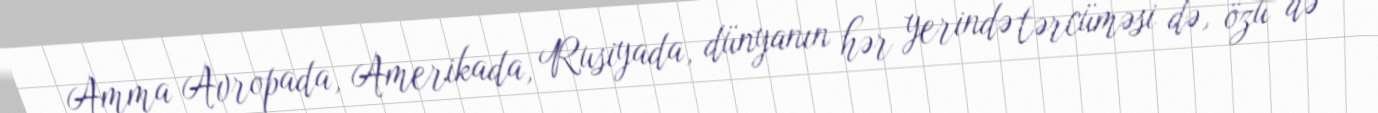
Amma Avropada, Amerikada, Rusiyada, dünyanın hər yerində tərcüməsi də, özü də